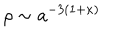
\rho \sim a ^ { - 3 ( 1 + \kappa ) }